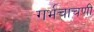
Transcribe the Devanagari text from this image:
गर्भचाचणी